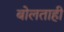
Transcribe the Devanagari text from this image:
बोलताही